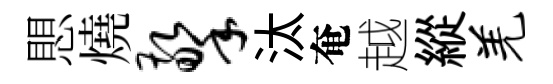
愳燒擎汰奄越縱羌